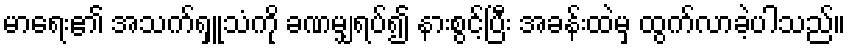
မာရေး၏ အသက်ရှူသံကို ခဏမျှရပ်၍ နားစွင့်ပြီး အခန်းထဲမှ ထွက်လာခဲ့ပါသည်။